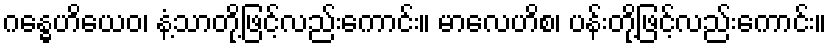
ဂန္ဓေဟိယေဝ၊ နံ့သာတို့ဖြင့်လည်းကောင်း။ မာလေဟိစ၊ ပန်းတို့ဖြင့်လည်းကောင်း။